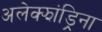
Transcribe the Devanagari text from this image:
अलेक्झांड्रिना